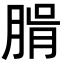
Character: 𦝖